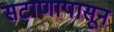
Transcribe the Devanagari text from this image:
सटाणापासून